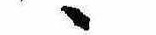
ゝ